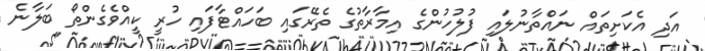
އަދި އެކަށިތައް ނައްތާނުލައި ފުލުހުންގެ އިމާރާތުގެ ތެރޭގައި ބަހައްޓާފައި ހުރީ ކީއްވެގެންތޯ ބަލާނެ